Preparation of a safe and efficient antirabic vaccine - Number 44
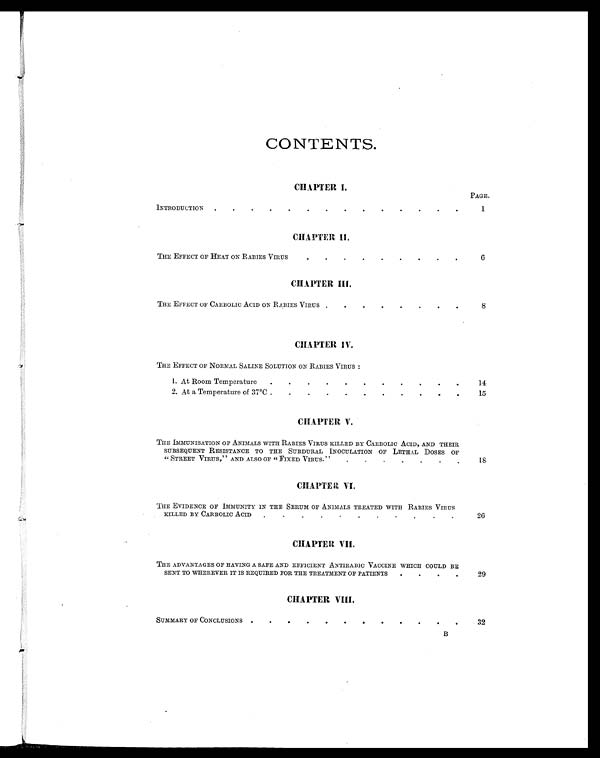
CONTENTS.
CHAPTER I.
PAGE.
INTRODUCTION
.
.
.
. . . . .
.
.
1
CHAPTER II.
THE EFFECT OF HEAT ON RABIES VIRUS
. . . . .
.
.
6
CHAPTER III.
THE EFFECT OF CARBOLIC ACID ON RABIES VIRUS
.
.
.
.
.
8
CHAPTER IV.
THE EFFECT OF NORMAL SALINE SOLUTION ON RABIES VIRUS :
1. At Room Temperature.
.
.
.
.
.
.
1 4
2. At a Temperature of 37°C.
.
.
.
.
.
.
.
.
1 5
CHAPTER V.
THE IMMUNISATION OF ANIMALS WITH RABIES VIRUS KILLED BY CARBOLIC ACID, AND THEIR
SUBSEQUENT RESISTANCE TO THE SUBDURAL INOCULATION OF LETHAL DOSES OF
" STREET VIRUS," AND ALSO OF "FIXED VIRUS.''
1 8
C H A P T E R V I .
THE EVIDENCE OF IMMUNITY IN THE SERUM OF ANIMALS TREATED WITH RABIES VIRUS
KILLED BY CARBOLIC ACID
.
26
CHAPTER VII.
THE ADVANTAGES OF HAVING A SAFE AND EFFICIENT ANTIRABIC VACCINE WHICH COULD BE
SENT TO WHEREVER IT IS REQUIRED FOR THE TREATMENT OF PATIENTS
.
29
C H A P T E R V I I I .
SUMMARY OF CONCLUSIONS .
. . . . . .
.
.
32